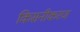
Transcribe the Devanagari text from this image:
किसनीकरण